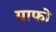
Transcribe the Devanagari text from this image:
ग्राफो